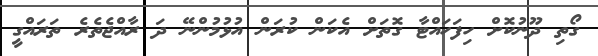
ގޯތި ދޫނުކޮށް ހިފަހައްޓާ ގޮތަށް އެކަން ކުރަން އުޅުމުންނޭ ދަ ރާއްޖެތެރެ ތަރައްގީ